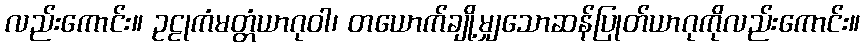
လည်းကောင်း။ ဥဠုကံမတ္တံယာဂုဝါ၊ တယောက်ချို့မျှသောဆန်ပြုတ်ယာဂုကိုလည်းကောင်း။